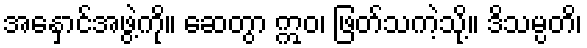
အနှောင်အဖွဲ့ကို။ ဆေတွာ ဣဝ၊ ဖြတ်သကဲ့သို့။ ဒိသမ္ပတိ၊